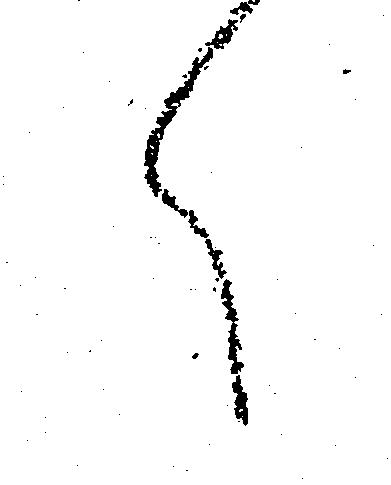
く